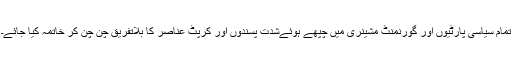
تمام سیاسی پارٹیوں اور گورنمنٹ مشینری میں چُپھے ہوئےشدت پسندوں اور کرپٹ عناصر کا بلاتفریق چُن چُن کر خاتمہ کیا جائے۔